Code of medical and sanitary regulations for the guidance of medical officers serving in the Madras Presidency - Volume II
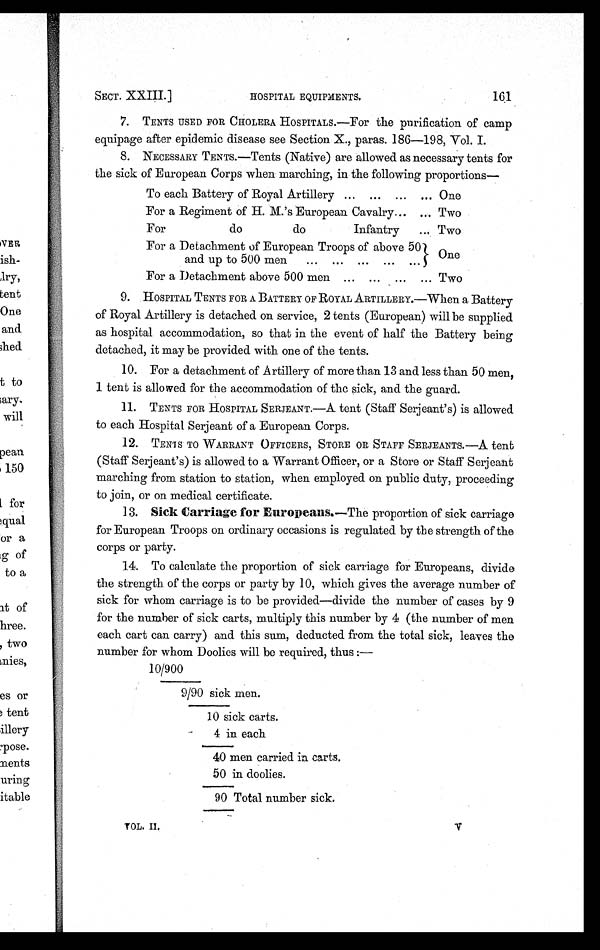
161
SECT. XXIII.]
HOSPITAL EQUIPMENTS.
V O L . I I .
7. TENTS USED FOR CHOLERA HOSPITALS.—For the purification of camp
equipage after epidemic disease see Section X., paras. 186-198, Vol. I.
8. NECESSARY TENTS.—Tents (Native) are allowed as necessary tents for
the sick of European Corps when marching, in the following proportions—
To each Battery of Royal Artillery ... ... ... ... One
For a Regiment of H. M.'s European Cavalry ... ... Two
For
do
do
Infantry
... Two
For a Detachment of European Troops of above 50 One
and up to 500 men
... ... ... ... . . .
For a Detachment above 500 men ... ... ... ... Two
9. HOSPITAL TENTS FOR A BATTERY OF ROYAL ARTILLERY.—When a Battery
of Royal Artillery is detached on service, 2 tents (European) will be supplied
as hospital accommodation, so that in the event of half the Battery being
detached, it may be provided with one of the tents.
10. For a detachment of Artillery of more than 13 and less than 50 men,
1 tent is allowed for the accommodation of the sick, and the guard.
11. TENTS FOR HOSPITAL SERJEANT.—A tent (Staff Serjeant's) is allowed
to each Hospital Serjeant of a European Corps.
12. TENTS TO WARRANT OFFICERS, STORE OR STAFF SERJEANTS.—A tent
(Staff Serjeant's) is allowed to a Warrant Officer, or a Store or Staff Serjeant
marching from station to station, when employed on public duty, proceeding
to join, or on medical certificate.
13. Sick Carriage for Europeans.—The proportion of sick carriage
for European Troops on ordinary occasions is regulated by the strength of the
corps or party.
14. To calculate the proportion of sick carriage for Europeans, divide
the strength of the corps or party by 10, which gives the average number of
sick for whom carriage is to be provided—divide the number of cases by 9
for the number of sick carts, multiply this number by 4 (the number of men
each cart can carry) and this sum, deducted from the total sick, leaves the
number for whom Doolies will be required, thus:—
10/900
9/90 sick men.
10 sick carts.
4 in each
40 men carried in carts.
50 in doolies.
90 Total number sick.